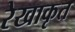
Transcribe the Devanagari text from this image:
रेखाकृत